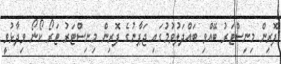
ފޮރިން މިނިސްޓަރު ބޭއްވި ބައްދަލުވުމުގައި ޖަޕާނުގެ ފޮރިން މިނިސްޓަރު ޓަރޯ ކޯނޯ ވިދާޅުވީ